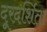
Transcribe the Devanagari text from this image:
दूरदर्शिता